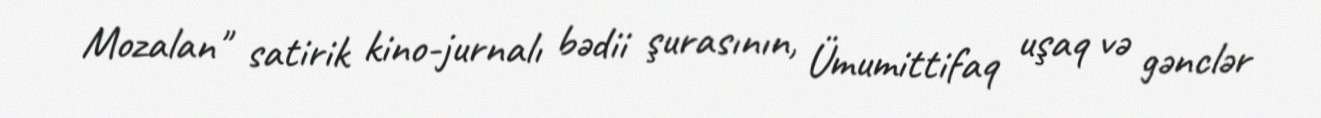
Mozalan" satirik kino-jurnalı bədii şurasının, Ümumittifaq uşaq və gənclər